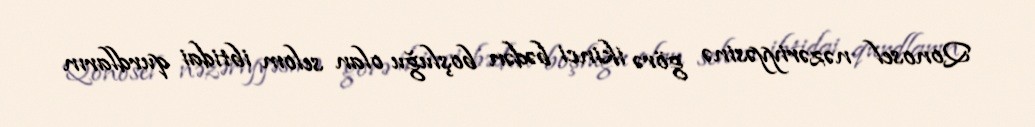
Qonosel nəzəriyyəsinə görə ikinci bədən boşluğu olan selom ibtidai qurdların